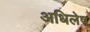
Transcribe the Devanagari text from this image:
अधिलेष